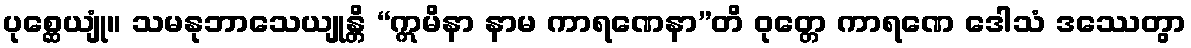
ပုစ္ဆေယျုံ။ သမနုဘာသေယျုန္တိ “ဣမိနာ နာမ ကာရဏေနာ”တိ ဝုတ္တေ ကာရဏေ ဒေါသံ ဒဿေတွာ